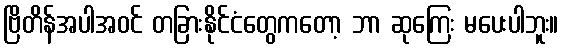
ဗြိတိန်အပါအဝင် တခြားနိုင်ငံတွေကတော့ ဘာ ဆုကြေး မပေးပါဘူး။